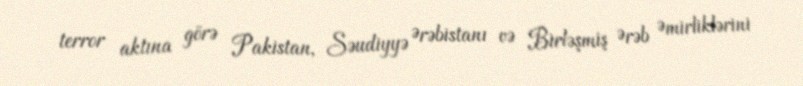
terror aktına görə Pakistan, Səudiyyə Ərəbistanı və Birləşmiş Ərəb Əmirliklərini